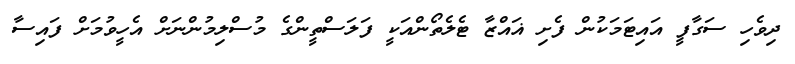
ދިވެހި ސަގާފީ އައިޓަމަކުން ފެށި ޣައްޒާ ޓެލެތޯންއަކީ ފަލަސްތީންގެ މުސްލިމުންނަށް އެހީވުމަށް ފައިސާ